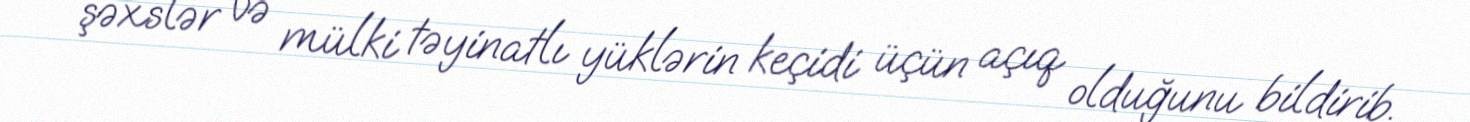
şəxslər və mülki təyinatlı yüklərin keçidi üçün açıq olduğunu bildirib.